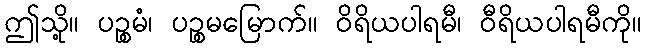
ဤသို့။ ပဉ္စမံ၊ ပဉ္စမမြောက်။ ဝိရိယပါရမီ၊ ဝီရိယပါရမီကို။